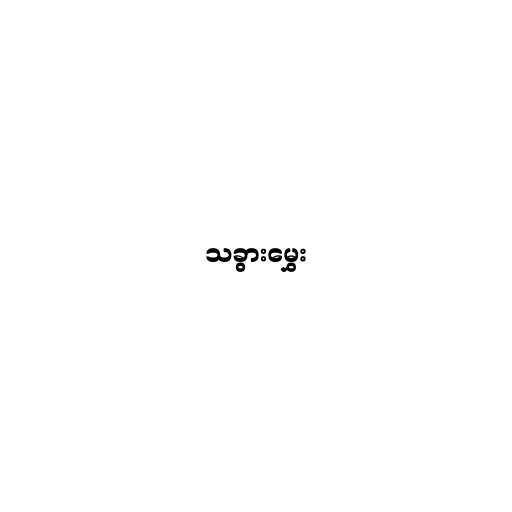
သခွားမွှေး